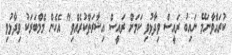
ކުރައްވާނަމޭ ނައިބު ރައީސް ވިދާޅުވި ކަމަށް ރައީސް އިޝާރަތްކުރެއްވި" އެހެން މެމްބަރަކު ވިދާޅުވި